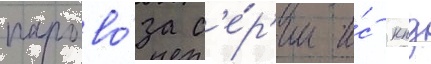
парово́за с'е́р'ии и́с кпд